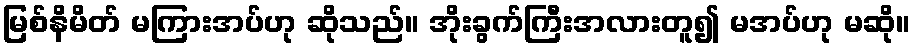
မြစ်နိမိတ် မကြားအပ်ဟု ဆိုသည်။ အိုးခွက်ကြီးအလားတူ၍ မအပ်ဟု မဆို။